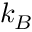
k _ { B }